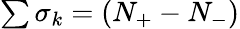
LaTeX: \begin{array}{r}{\sum\sigma_{k}=(N_{+}-N_{-})}\end{array}